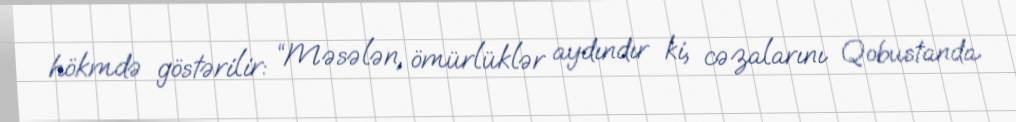
hökmdə göstərilir: “Məsələn, ömürlüklər aydındır ki, cəzalarını Qobustanda